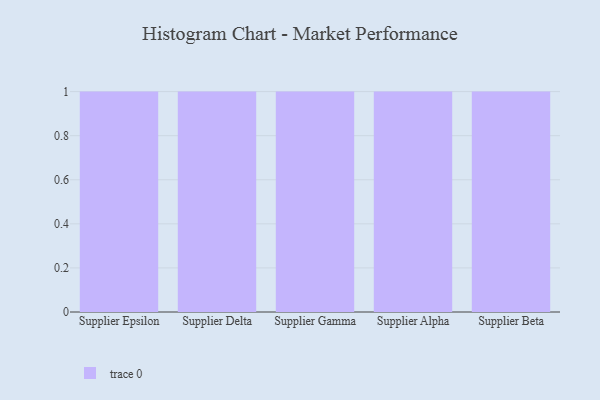
{"axis": {"x": "Supplier", "y": "LTV (USD)"}, "legend": [""], "data": [{"x": "Supplier Epsilon", "y": 72, "type": ""}, {"x": "Supplier Delta", "y": 20, "type": ""}, {"x": "Supplier Gamma", "y": 7, "type": ""}, {"x": "Supplier Alpha", "y": 87, "type": ""}, {"x": "Supplier Beta", "y": 42, "type": ""}]}